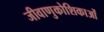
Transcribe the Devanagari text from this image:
जीवाणुकोशिकाओं